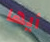
أيها